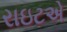
રાઇટએ